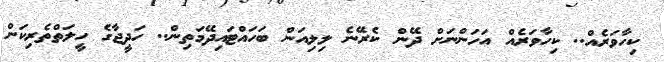
ކިހާވަރެއް.. ކިހާވަރެއް އަހަންނަށް ދޭން ކެރޭނެ ލިލިއަން ބަހައްޓައިދޭމަތިން.. ހަދީޖާގެ ހީލަތްތެރިކަން